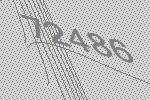
72486